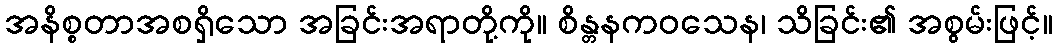
အနိစ္စတာအစရှိသော အခြင်းအရာတို့ကို။ စိန္တနကဝသေန၊ သိခြင်း၏ အစွမ်းဖြင့်။